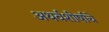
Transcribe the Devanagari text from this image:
अथर्वशीर्षाचे